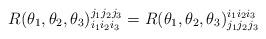
LaTeX: \begin{align*}R(\theta_1,\theta_2,\theta_3)^{j_1j_2j_3}_{i_1i_2i_3}=R(\theta_1,\theta_2,\theta_3)^{i_1i_2i_3}_{j_1j_2j_3}\end{align*}